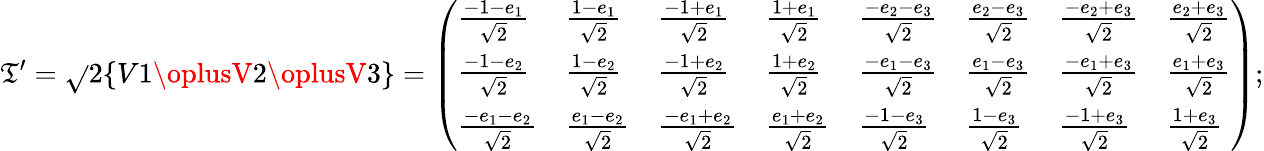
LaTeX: \mathfrak{T}^{\prime}={\sqrt{}{{2}}}\{ V1\oplusV2\oplusV3\} ={\left(\begin{array}{llllllll}{{\frac{-1-e_{1}}{\sqrt{2}}}}&{{\frac{1-e_{1}}{\sqrt{2}}}}&{{\frac{-1+e_{1}}{\sqrt{2}}}}&{{\frac{1+e_{1}}{\sqrt{2}}}}&{{\frac{-e_{2}-e_{3}}{\sqrt{2}}}}&{{\frac{e_{2}-e_{3}}{\sqrt{2}}}}&{{\frac{-e_{2}+e_{3}}{\sqrt{2}}}}&{{\frac{e_{2}+e_{3}}{\sqrt{2}}}}\\ {{\frac{-1-e_{2}}{\sqrt{2}}}}&{{\frac{1-e_{2}}{\sqrt{2}}}}&{{\frac{-1+e_{2}}{\sqrt{2}}}}&{{\frac{1+e_{2}}{\sqrt{2}}}}&{{\frac{-e_{1}-e_{3}}{\sqrt{2}}}}&{{\frac{e_{1}-e_{3}}{\sqrt{2}}}}&{{\frac{-e_{1}+e_{3}}{\sqrt{2}}}}&{{\frac{e_{1}+e_{3}}{\sqrt{2}}}}\\ {{\frac{-e_{1}-e_{2}}{\sqrt{2}}}}&{{\frac{e_{1}-e_{2}}{\sqrt{2}}}}&{{\frac{-e_{1}+e_{2}}{\sqrt{2}}}}&{{\frac{e_{1}+e_{2}}{\sqrt{2}}}}&{{\frac{-1-e_{3}}{\sqrt{2}}}}&{{\frac{1-e_{3}}{\sqrt{2}}}}&{{\frac{-1+e_{3}}{\sqrt{2}}}}&{{\frac{1+e_{3}}{\sqrt{2}}}}\end{array}\right)};